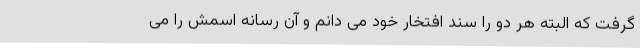
گرفت که البته هر دو را سند افتخار خود می دانم و آن رسانه اسمش را می